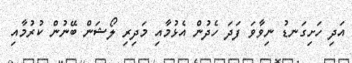
އަދި ހަށިގަނޑު ނިވާވަ ފަދަ ހެދުން އެޅުމާއި މަދިރި ލޯޝަން ބޭނުން ކުރުމާއި